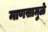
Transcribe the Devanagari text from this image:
माणसामुळे